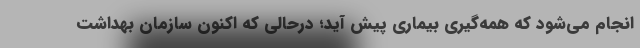
انجام می‌شود که همه‌گیری بیماری پیش آید؛ درحالی که اکنون سازمان بهداشت